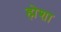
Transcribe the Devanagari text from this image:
ह्मेशा